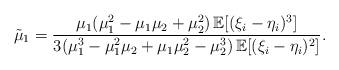
LaTeX: \begin{align*} \tilde\mu_1=\frac{\mu_1 (\mu_1^2-\mu_1\mu_2+\mu_2^2 )\,\mathbb E [(\xi_i-\eta_i)^3 ]}{3 (\mu_1^3-\mu_1^2\mu_2+\mu_1\mu_2^2-\mu_2^3 )\,\mathbb E [(\xi_i-\eta_i)^2 ]}.\end{align*}